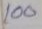
100